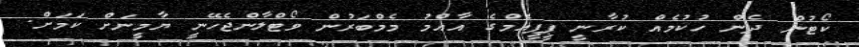
ކޯޓުން ދެން ހުކުމެއް ކުރާނީ ޕީޕީއެމްގެ އާއްމު މެމްބަރުން ވޯޓްލާންޖެހޭނީ ޔާމީނަށް ކަމަށް.